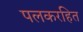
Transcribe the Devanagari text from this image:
पलकरहित